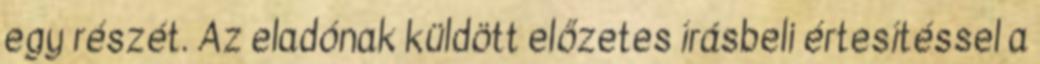
egy részét. Az eladónak küldött előzetes írásbeli értesítéssel a